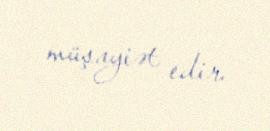
müşayiət edir.